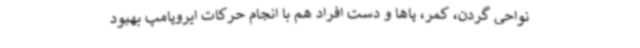
نواحی گردن، کمر، پاها و دست افراد هم با انجام حرکات ایروپامپ بهبود